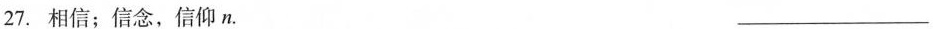
27.相信；信念，信仰n. ___